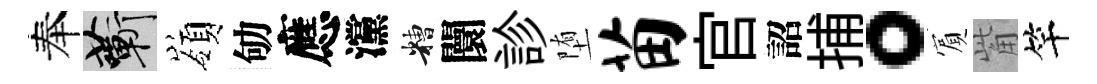
奉蔪嶺劬應灙糟闤診堕苗官詔捕。賔觜竿